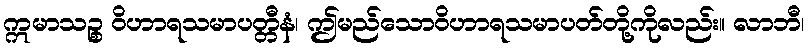
ဣမာသဉ္စ ဝိဟာရသမာပတ္တီနံ၊ ဤမည်သောဝိဟာရသမာပတ်တို့ကိုလည်း။ လာဘီ၊